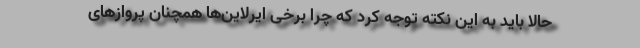
حالا باید به این نکته توجه کرد که چرا برخی ایرلاین‌ها همچنان پروازهای